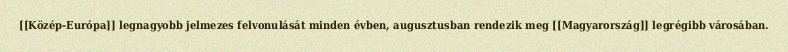
[[Közép-Európa]] legnagyobb jelmezes felvonulását minden évben, augusztusban rendezik meg [[Magyarország]] legrégibb városában.